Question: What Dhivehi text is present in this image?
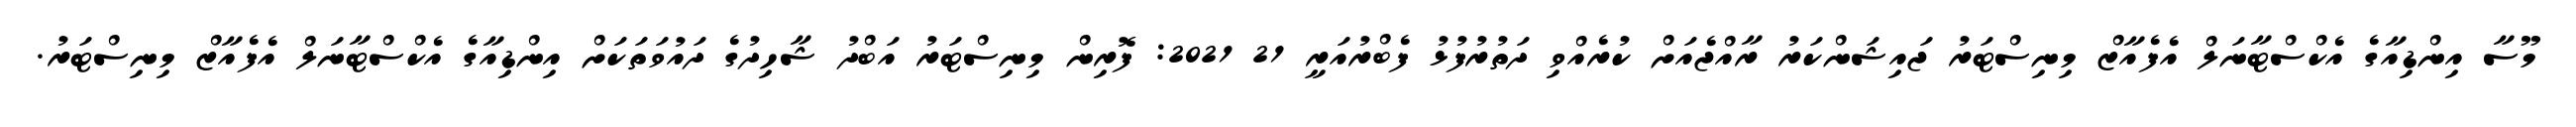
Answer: މޫސާ އިންޑިއާގެ އެކްސްޓާނަލް އެފެއާޒް މިނިސްޓަރު ޖައިޝަންކަރު ރާއްޖެއަށް ކުރެއްވި ދަތުރުފުޅު ފެބްރުއަރީ 21 2021: ފޮރިން މިނިސްޓަރު އަބްދު ޝާހިދުގެ ދައުވަތަކަށް އިންޑިއާގެ އެކްސްޓާނަލް އެފެއާޒް މިނިސްޓަރު.